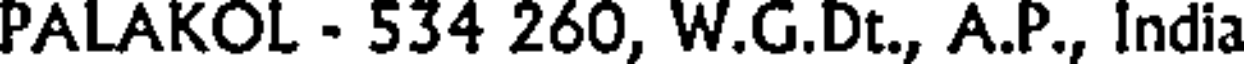
PALAKOL - 534 260, W.G.Dt., A.P., India